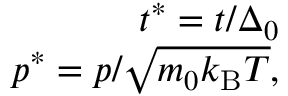
\begin{array} { r } { t ^ { * } = t / \Delta _ { 0 } } \\ { p ^ { * } = p / \sqrt { m _ { 0 } k _ { \mathrm { B } } T } , } \end{array}